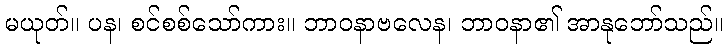
မယုတ်။ ပန၊ စင်စစ်သော်ကား။ ဘာဝနာဗလေန၊ ဘာဝနာ၏ အာနုဘော်သည်။